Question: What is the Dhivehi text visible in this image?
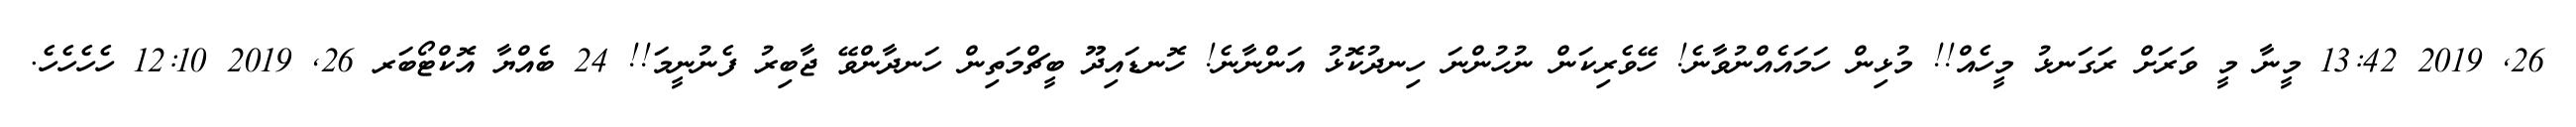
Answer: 26, 2019 13:42 މީނާ މީ ވަރަށް ރަގަނޅު މީހެއް!! މުޅިން ހަމައެއްނުވާނެ! ހޭވެރިކަން ނުހުންނަ ހިނދުކޮޅު އަންނާނެ! ހޮނޑައިދޫ ބީޗްމަތިން ހަނދާންވޭ ޖާބިރު ފެނުނީމަ!! 24 ބެއްޔާ އޮކްޓޯބަރ 26, 2019 12:10 ހެހެހެހެ.